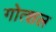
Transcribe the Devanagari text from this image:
गोत्शल